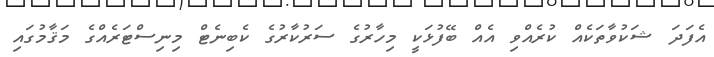
އެފަދަ ޝަކުވާތަކެއް ކުރެއްވި އެއް ބޭފުޅަކީ މިހާރުގެ ސަރުކާރުގެ ކެބިނެޓް މިނިސްޓަރެއްގެ މަޤާމުގައި